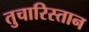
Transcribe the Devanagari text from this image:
तुचारिस्तान